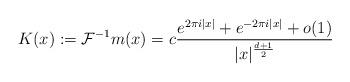
LaTeX: \begin{align*}K(x):=\mathcal{F}^{-1}m(x)=c\frac{e^{2\pi i|x|}+e^{-2\pi i|x|}+o(1)}{|x|^{\frac{d+1}{2}}}\end{align*}